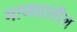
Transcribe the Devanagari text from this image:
माणसांतील